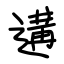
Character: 遘